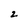
Character: 2